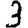
Digit: 3